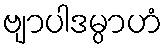
ဗျာပါဒမ္ပာဟံ